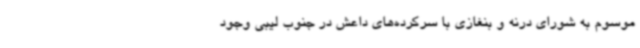
موسوم به شورای درنه و بنغازی با سرکرده‌های داعش در جنوب لیبی وجود